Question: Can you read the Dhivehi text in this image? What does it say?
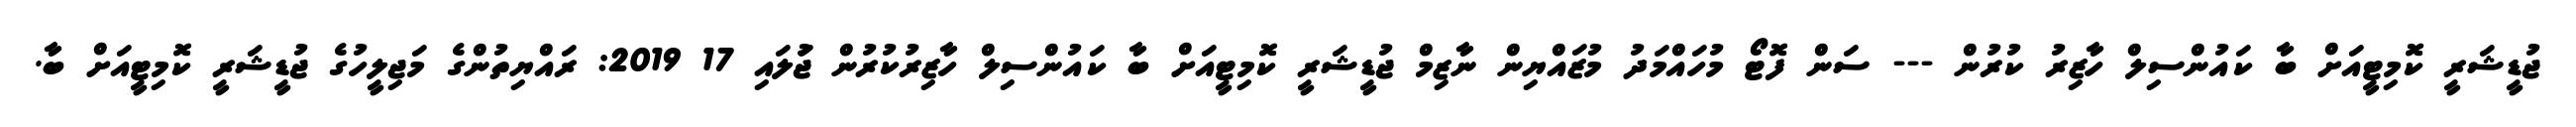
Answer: ޖުޑީޝަރީ ކޮމިޓީއަށް ބާ ކައުންސިލް ހާޒިރު ކުރުން --- ސަން ފޮޓޯ މުހައްމަދު މުޒައްޔިން ނާޒިމް ޖުޑީޝަރީ ކޮމިޓީއަށް ބާ ކައުންސިލް ހާޒިރުކުރުން ޖުަލައި 17 2019: ރައްޔިތުންގެ މަޖިލީހުގެ ޖުޑީޝަރީ ކޮމިޓީއަށް ބާ.